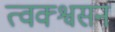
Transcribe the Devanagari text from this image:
त्वक्श्वसन